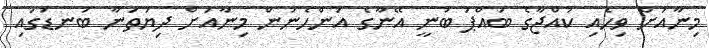
މިނާއަށް ވިހެއި ކުއްޖާގެ ބައްޕަ ބުނީ އޭނާގެ އަންހެނުން މިނާއަށް ދިޔަތަނާ ބަނޑުގައި